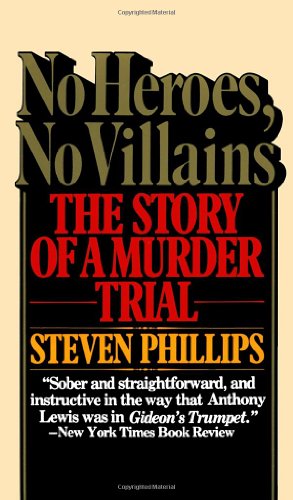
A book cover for No Heroes, No Villains; Steven J. Phillips; Law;